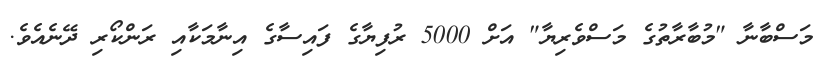
މަސްބާނާ "މުބާރާތުގެ މަސްވެރިޔާ" އަށް 5000 ރުފިޔާގެ ފައިސާގެ އިނާމަކާއި ރަންކޯރި ދޭނެއެވެ.